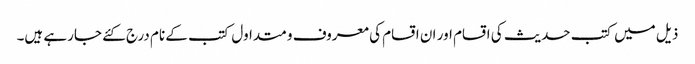
ذیل میں کتب حدیث کی اقسام اور ان اقسام کی معروف و متداول کتب کے نام درج کئے جارہے ہیں۔